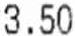
3.50